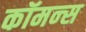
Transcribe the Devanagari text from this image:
कॉमन्‍स